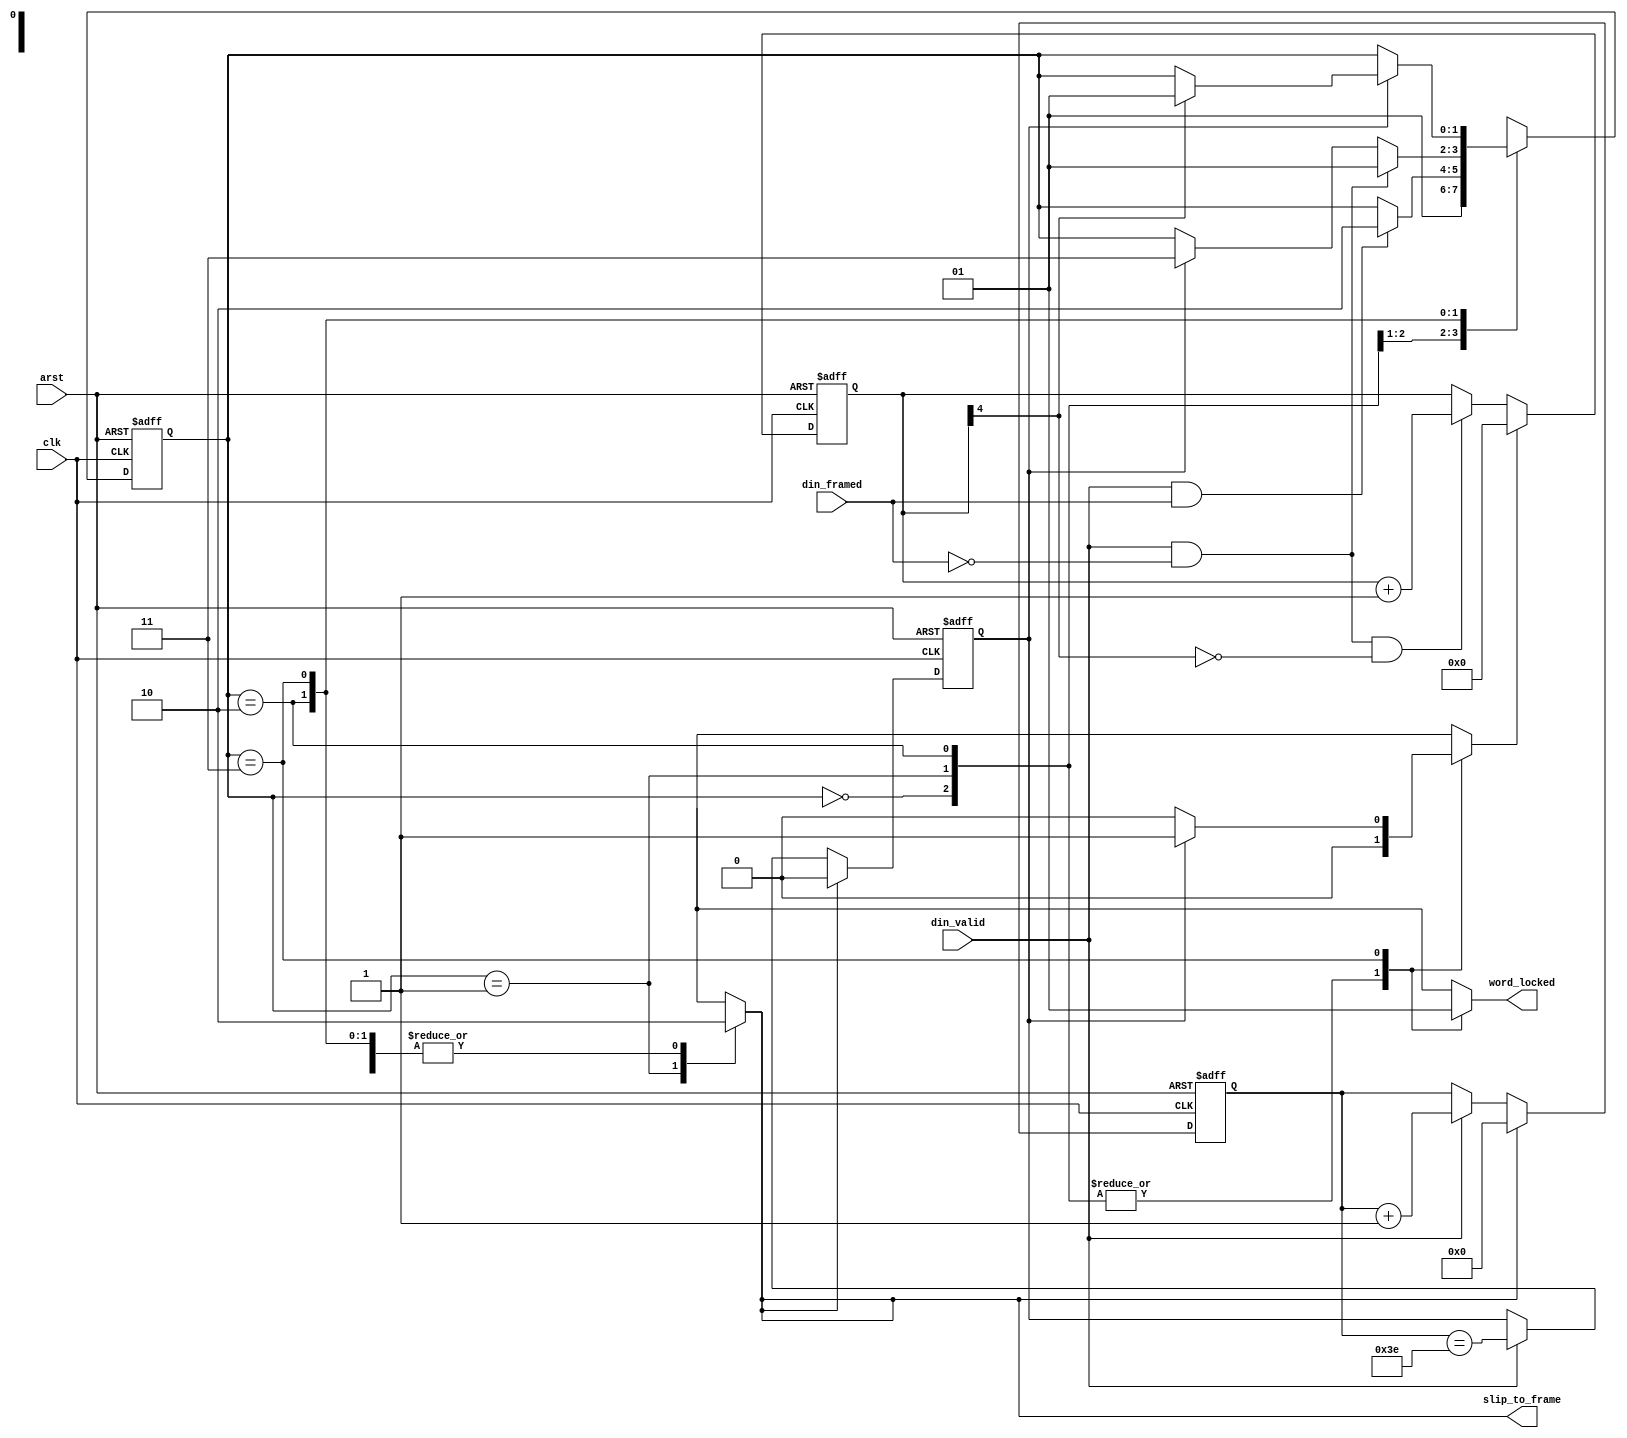
// Copyright 2011 Altera Corporation. All rights reserved.  
// Altera products are protected under numerous U.S. and foreign patents, 
// maskwork rights, copyrights and other intellectual property laws.  
//
// This reference design file, and your use thereof, is subject to and governed
// by the terms and conditions of the applicable Altera Reference Design 
// License Agreement (either as signed by you or found at www.altera.com).  By
// using this reference design file, you indicate your acceptance of such terms
// and conditions between you and Altera Corporation.  In the event that you do
// not agree with such terms and conditions, you may not use the reference 
// design file and please promptly destroy any copies you have made.
//
// This reference design file is being provided on an "as-is" basis and as an 
// accommodation and therefore all warranties, representations or guarantees of 
// any kind (whether express, implied or statutory) including, without 
// limitation, warranties of merchantability, non-infringement, or fitness for
// a particular purpose, are specifically disclaimed.  By making this reference
// design file available, Altera expressly does not recommend, suggest or 
// require that this reference design file be used in combination with any 
// other product not provided by Altera.
/////////////////////////////////////////////////////////////////////////////

`timescale 1 ps / 1 ps
// baeckler - 09-19-2008

module word_align_control (
	input clk, arst,
	input din_framed,
	input din_valid,
	output reg slip_to_frame,
	output reg word_locked	
);

////////////////////////////////
// count mis-framed din words
//  stop counting at 16
/////////////////////////////////
reg rst_sync_err_cntr;
reg [4:0] sync_err_cntr;
always @(posedge clk or posedge arst) begin
	if (arst) sync_err_cntr <= 0;
	else begin
		if (rst_sync_err_cntr) sync_err_cntr <= 0;
		else if (din_valid & !din_framed & !sync_err_cntr[4]) 
			sync_err_cntr <= sync_err_cntr + 1'b1;
	end
end

/////////////////////////////////
// count words, modulus 64
/////////////////////////////////
reg rst_word_cntr;
reg [5:0] word_cntr;
reg word_cntr_max;
always @(posedge clk or posedge arst) begin
	if (arst) begin
		word_cntr <= 0;
		word_cntr_max <= 1'b0;
	end
	else begin
		if (rst_word_cntr) begin
			word_cntr <= 0;
			word_cntr_max <= 1'b0;
		end
		else if (din_valid) begin
			word_cntr <= word_cntr + 1'b1;
			word_cntr_max <= (word_cntr == 6'b111110);
		end
	end	
end

/////////////////////////////////
// Little control machine
//   implementing figure 5-10 from Interlaken 1.1 spec
/////////////////////////////////
localparam ST_RESET = 2'h0,
		ST_SLIP = 2'h1,
		ST_VERIFY = 2'h2,
		ST_LOCKED = 2'h3;
		
reg [1:0] state, next_state;

always @(*) begin
	next_state = state;
	slip_to_frame = 1'b0;
	rst_word_cntr = 1'b0;
	rst_sync_err_cntr = 1'b0;
	word_locked = 1'b0;
	
	case (state)
		ST_RESET: begin
			next_state = ST_SLIP;
		end
		ST_SLIP: begin
			slip_to_frame = 1'b1;
			rst_word_cntr = 1'b1;
			if (din_valid & din_framed) next_state = ST_VERIFY;
		end
		ST_VERIFY: begin
			// On any error return to slipping
			// On 64 successful tests goto locked
			if (din_valid & !din_framed) next_state = ST_SLIP;
			else if (word_cntr_max) next_state = ST_LOCKED;			
		end
		ST_LOCKED: begin
			// Look for 16 or more bad syncs in a
			// 64 word window to indicate loss of lock
			word_locked = 1'b1;
			if (word_cntr_max) begin
				rst_sync_err_cntr = 1'b1;
				if (sync_err_cntr[4]) begin
					// lost it.
					next_state = ST_SLIP;
				end				
			end
		end
	endcase
end

always @(posedge clk or posedge arst) begin
	if (arst) state <= ST_RESET;
	else state <= next_state;
end

endmodule